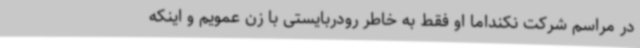
در مراسم شرکت نکنداما او فقط به خاطر رودربایستی با زن عمویم و اینکه